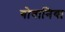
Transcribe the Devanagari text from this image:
गोबानिया